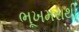
ભૂખમરાથી